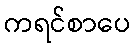
ကရင်စာပေ